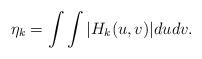
LaTeX: \begin{align*}\eta_{k}=\int\int|H_{k}(u,v)|dudv. \end{align*}